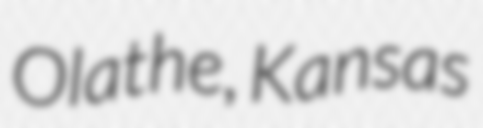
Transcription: Olathe, Kansas